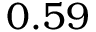
0 . 5 9